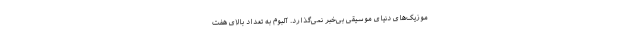
موزیک‌های دنیای موسیقی بی‌خبر نمی‌گذارد. آلبوم به تعداد بالای هفت